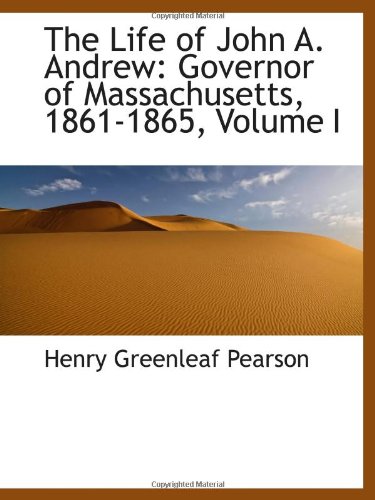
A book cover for The Life of John A. Andrew: Governor of Massachusetts, 1861-1865, Volume I; Henry Greenleaf Pearson; Biographies & Memoirs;